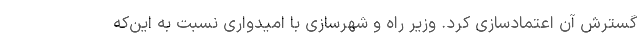
گسترش آن اعتمادسازی کرد. وزیر راه و شهرسازی با امیدواری نسبت به این‌که